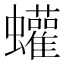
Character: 蠸